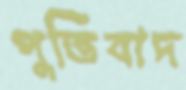
পুতিবাদ